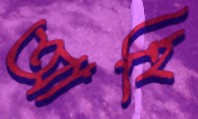
আহি